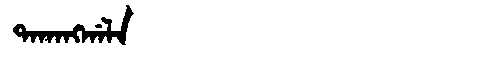
Manchu: ᡨᠠᡴᠠᠩᡤᠠᠯᠠ
Romanization: TAKANGGALA